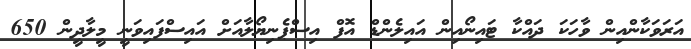
އަރަވަކާންއިން ވާހަކަ ދައްކާ ޓައިނޯއިން އައިލެންޑް އޮފް އިސްޕެނިޔޯޯލާއަށް އައިސްފައިވަނީ މީލާދީން 650